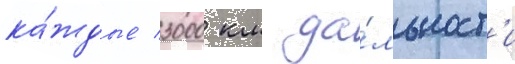
ка́ждые 3000 км да́льност'и